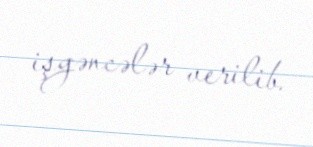
işgəncələr verilib.